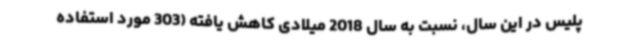
پلیس در این سال، نسبت به سال 2018 میلادی کاهش یافته (303 مورد استفاده